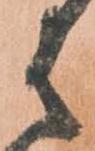
は